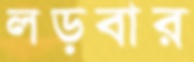
লড়বার